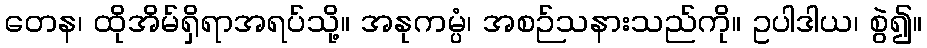
တေန၊ ထိုအိမ်ရှိရာအရပ်သို့။ အနုကမ္ပံ၊ အစဉ်သနားသည်ကို။ ဥပါဒါယ၊ စွဲ၍။